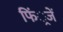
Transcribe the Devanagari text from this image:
फिं्रजें